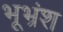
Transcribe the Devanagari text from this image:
भूभ्रंश